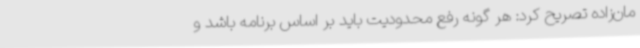
مان‌زاده تصریح کرد: هر گونه رفع محدودیت باید بر اساس برنامه باشد و